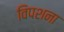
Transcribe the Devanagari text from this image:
विपशना